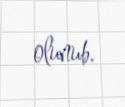
olunub.